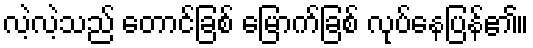
လဲ့လဲ့သည် တောင်ခြစ် မြောက်ခြစ် လုပ်နေပြန်၏။